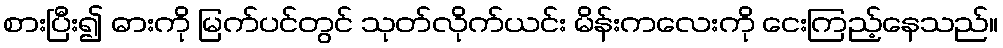
စားပြီး၍ ဓားကို မြက်ပင်တွင် သုတ်လိုက်ယင်း မိန်းကလေးကို ငေးကြည့်နေသည်။